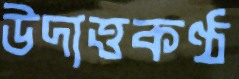
উদাত্তকণ্ঠ